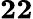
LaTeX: \mathbf{22}